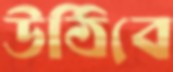
উঠিবে